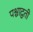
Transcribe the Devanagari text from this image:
पश्चाद्वती